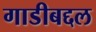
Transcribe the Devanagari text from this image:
गाडीबद्दल